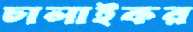
ঢালাইকর